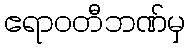
ဧရာဝတီဘဏ်မှ